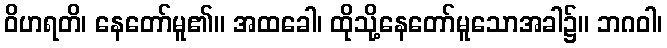
ဝိဟရတိ၊ နေတော်မူ၏။ အထခေါ၊ ထိုသို့နေတော်မူသောအခါ၌။ ဘဂဝါ၊